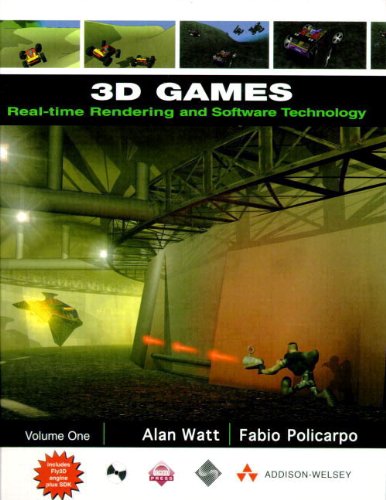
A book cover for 3D Games: Real-Time Rendering and Software Technology, Volume 1 (With CD-ROM); Alan Watt; Computers & Technology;